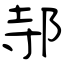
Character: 邿